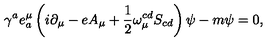
{ \gamma } ^ { a } e _ { a } ^ { \mu } \left( i \partial _ { \mu } - e A _ { \mu } + \frac { 1 } { 2 } \omega _ { \mu } ^ { c d } S _ { c d } \right) \psi - m \psi = 0 ,